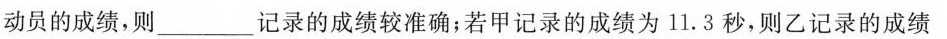
动员的成绩，则____记录的成绩较准确；若甲记录的成绩为11.3秒，则乙记录的成绩